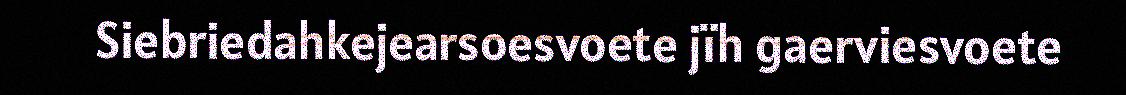
Siebriedahkejearsoesvoete jïh gaerviesvoete